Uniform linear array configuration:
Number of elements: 32
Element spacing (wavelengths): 0.5
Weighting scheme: hann
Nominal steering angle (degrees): -60
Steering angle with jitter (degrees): -58.866
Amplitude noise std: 0.05
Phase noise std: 0.05

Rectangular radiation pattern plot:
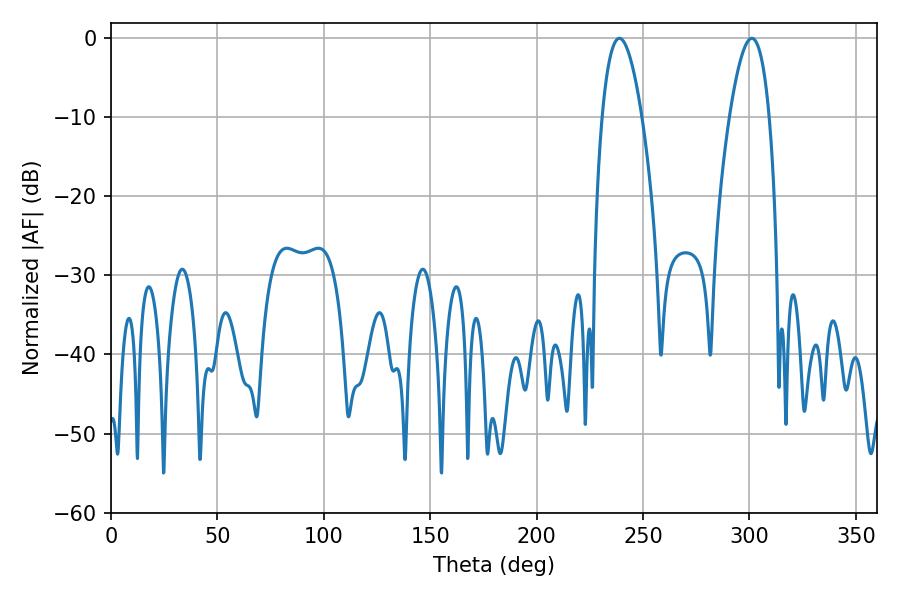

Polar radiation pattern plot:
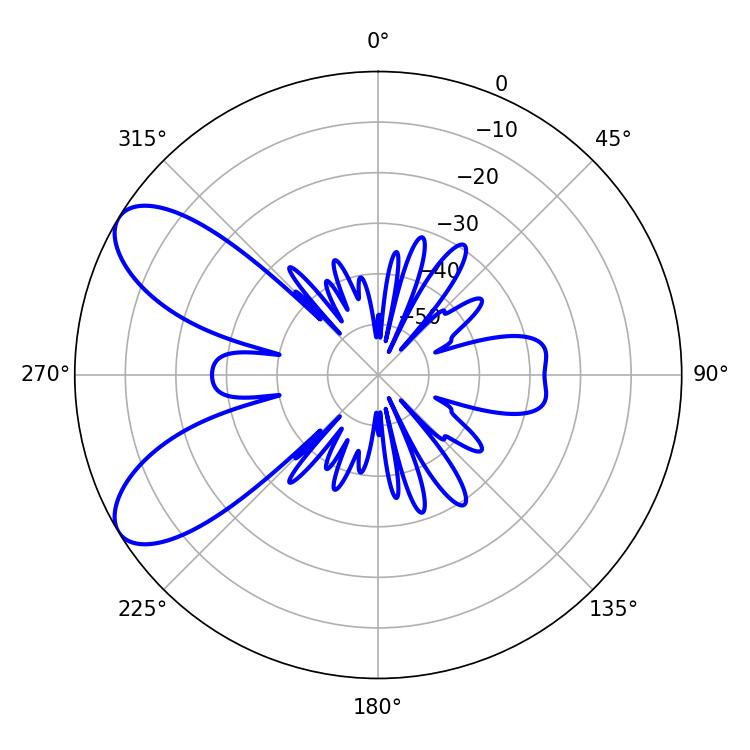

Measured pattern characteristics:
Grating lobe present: FALSE
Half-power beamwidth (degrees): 10.26
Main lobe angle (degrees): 238.86